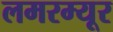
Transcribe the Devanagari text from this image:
लमरम्यूर